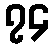
၇၄